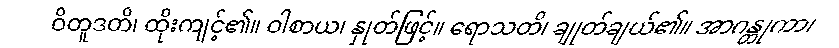
ဝိတူဒတိ၊ ထိုးကျင့်၏။ ဝါစာယ၊ နှုတ်ဖြင့်။ ရောသတိ၊ ချုတ်ချယ်၏။ အာဂန္တုကာ၊